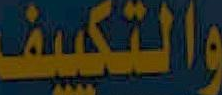
والتكييف